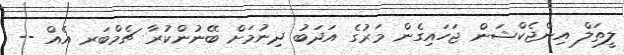
ލީތަލް އިންޖެކްޝަން ޖަހައިގެން މަރުގެ އަދަބު ދިނުމަށް ބޭނުންކުރާ ޗެމްބަރ އެއް --